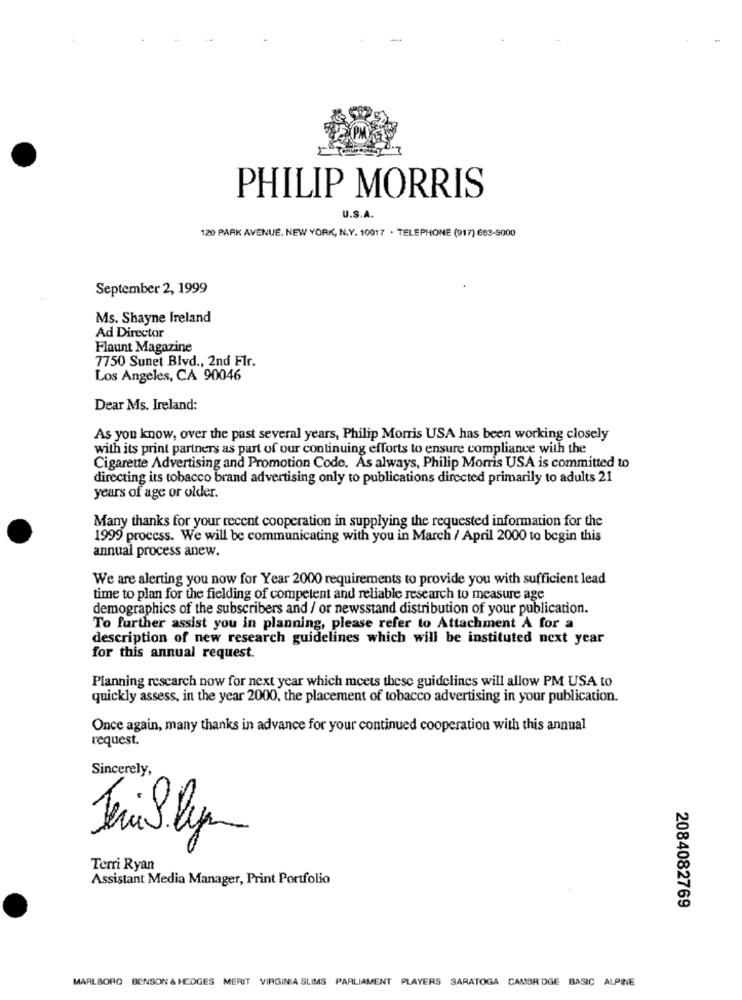
PHILIP MORRIS
U.S.A.
120 PARK AVENUE, NEW YORK, N.Y. 10017 . TELEPHONE (917) 663-5000
September 2, 1999
Ms. Shayne Ireland
Ad Director
Flaunt Magazine
7750 Sunet Blvd ., 2nd FIr.
Los Angeles, CA 90046
Dear Ms. Ireland:
As you know, over the past several years, Philip Morris USA has been working closely
with its print partners as part of our continuing efforts to ensure compliance with the
Cigarette Advertising and Promotion Code. As always, Philip Morris USA is committed to
directing its tobacco brand advertising only to publications directed primarily to adults 21
years of age or older.
Many thanks for your recent cooperation in supplying the requested information for the
1999 proccss. We will be communicating with you in March / April 2000 to begin this
annual process anew.
We are alerting you now for Year 2000 requirements to provide you with sufficient lead
time to plan for the fielding of competent and reliable research to measure age
demographics of the subscribers and / or newsstand distribution of your publication.
To further assist you in planning, please refer to Attachment A for a
description of new research guidelines which will be instituted next year
for this annual request.
Planning rescarch now for next year which meets these guidelines will allow PM USA to
quickly assess, in the year 2000, the placement of tobacco advertising in your publication.
Once again, many thanks in advance for your continued cooperation with this annual
request.
Sincerely,
Jemily
Terri Ryan
Assistant Media Manager, Print Portfolio
2084082769
MARLBORO BENSON & HEDGES MERIT VIRGINIA SLIMS PARLIAMENT PLAYERS SARATOGA CAMBRIDGE BASIC ALPINE